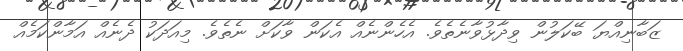
ޒަބާނިއްޔަ ބޭކަލުން ވިދާޅުވާނެތެވެ. އެހެންނެއް އެކަން ވާކަށް ނެތެވެ. މިއަދަކު ދެނެއް އަމާންކަމެއް